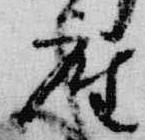
座